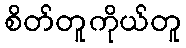
စိတ်တူကိုယ်တူ